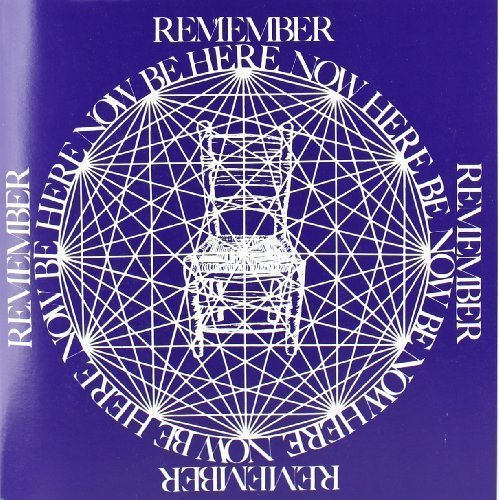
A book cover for Remember, now be here, now here be; Ram Dass; Religion & Spirituality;